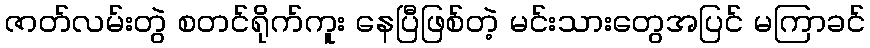
ဇာတ်လမ်းတွဲ စတင်ရိုက်ကူး နေပြီဖြစ်တဲ့ မင်းသားတွေအပြင် မကြာခင်